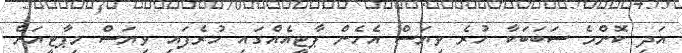
އަދި ކޮންމެ ސަބަބަކާ ހުރެ ވިޔަސް އެހެން ޕާޓީއެއްގައި ހުރެފައި ވިޔަސް މިޕާޓީއަށް